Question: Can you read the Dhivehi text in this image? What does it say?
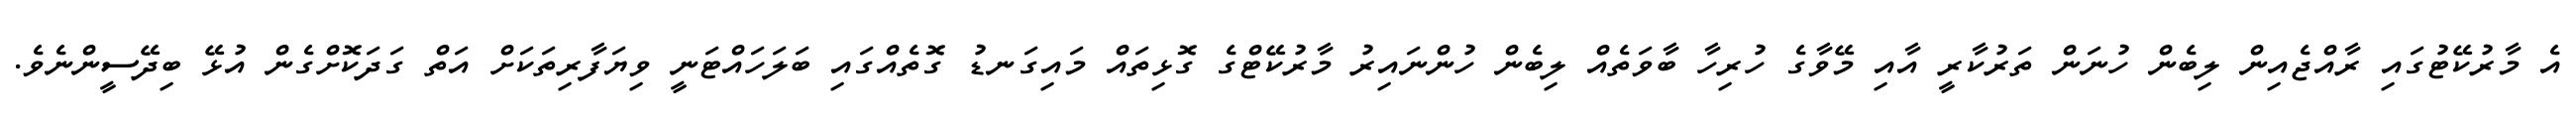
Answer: އެ މާރުކޭޓުގައި ރާއްޖެއިން ލިބެން ހުނަން ތަރުކާރީ އާއި މޭވާގެ ހުރިހާ ބާވަތެއް ލިބެން ހުންނައިރު މާރުކޭޓްގެ ގޮޅިތައް މައިގަނޑު ގޮތެއްގައި ބަލަހައްޓަނީ ވިޔަފާރިތަކަށް އަތް ގަދަކޮށްގެން އުޅޭ ބިދޭސީންނެވެ.